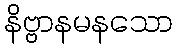
နိဗ္ဗာနမနသော